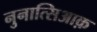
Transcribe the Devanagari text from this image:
नुनात्सिआक़